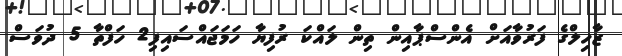
ޒާހިލްގެ ފަރުވާއަށް އެންސްޕާއިން ތިން ލައްކަ ރުފިޔާ ހަމަޖައްސައިފި2 ހަފްތާ 5 ދުވަސް